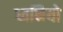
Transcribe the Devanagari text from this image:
ध्वनियो